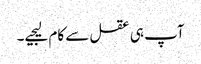
آپ ہی عقل سے کام لیجیے۔